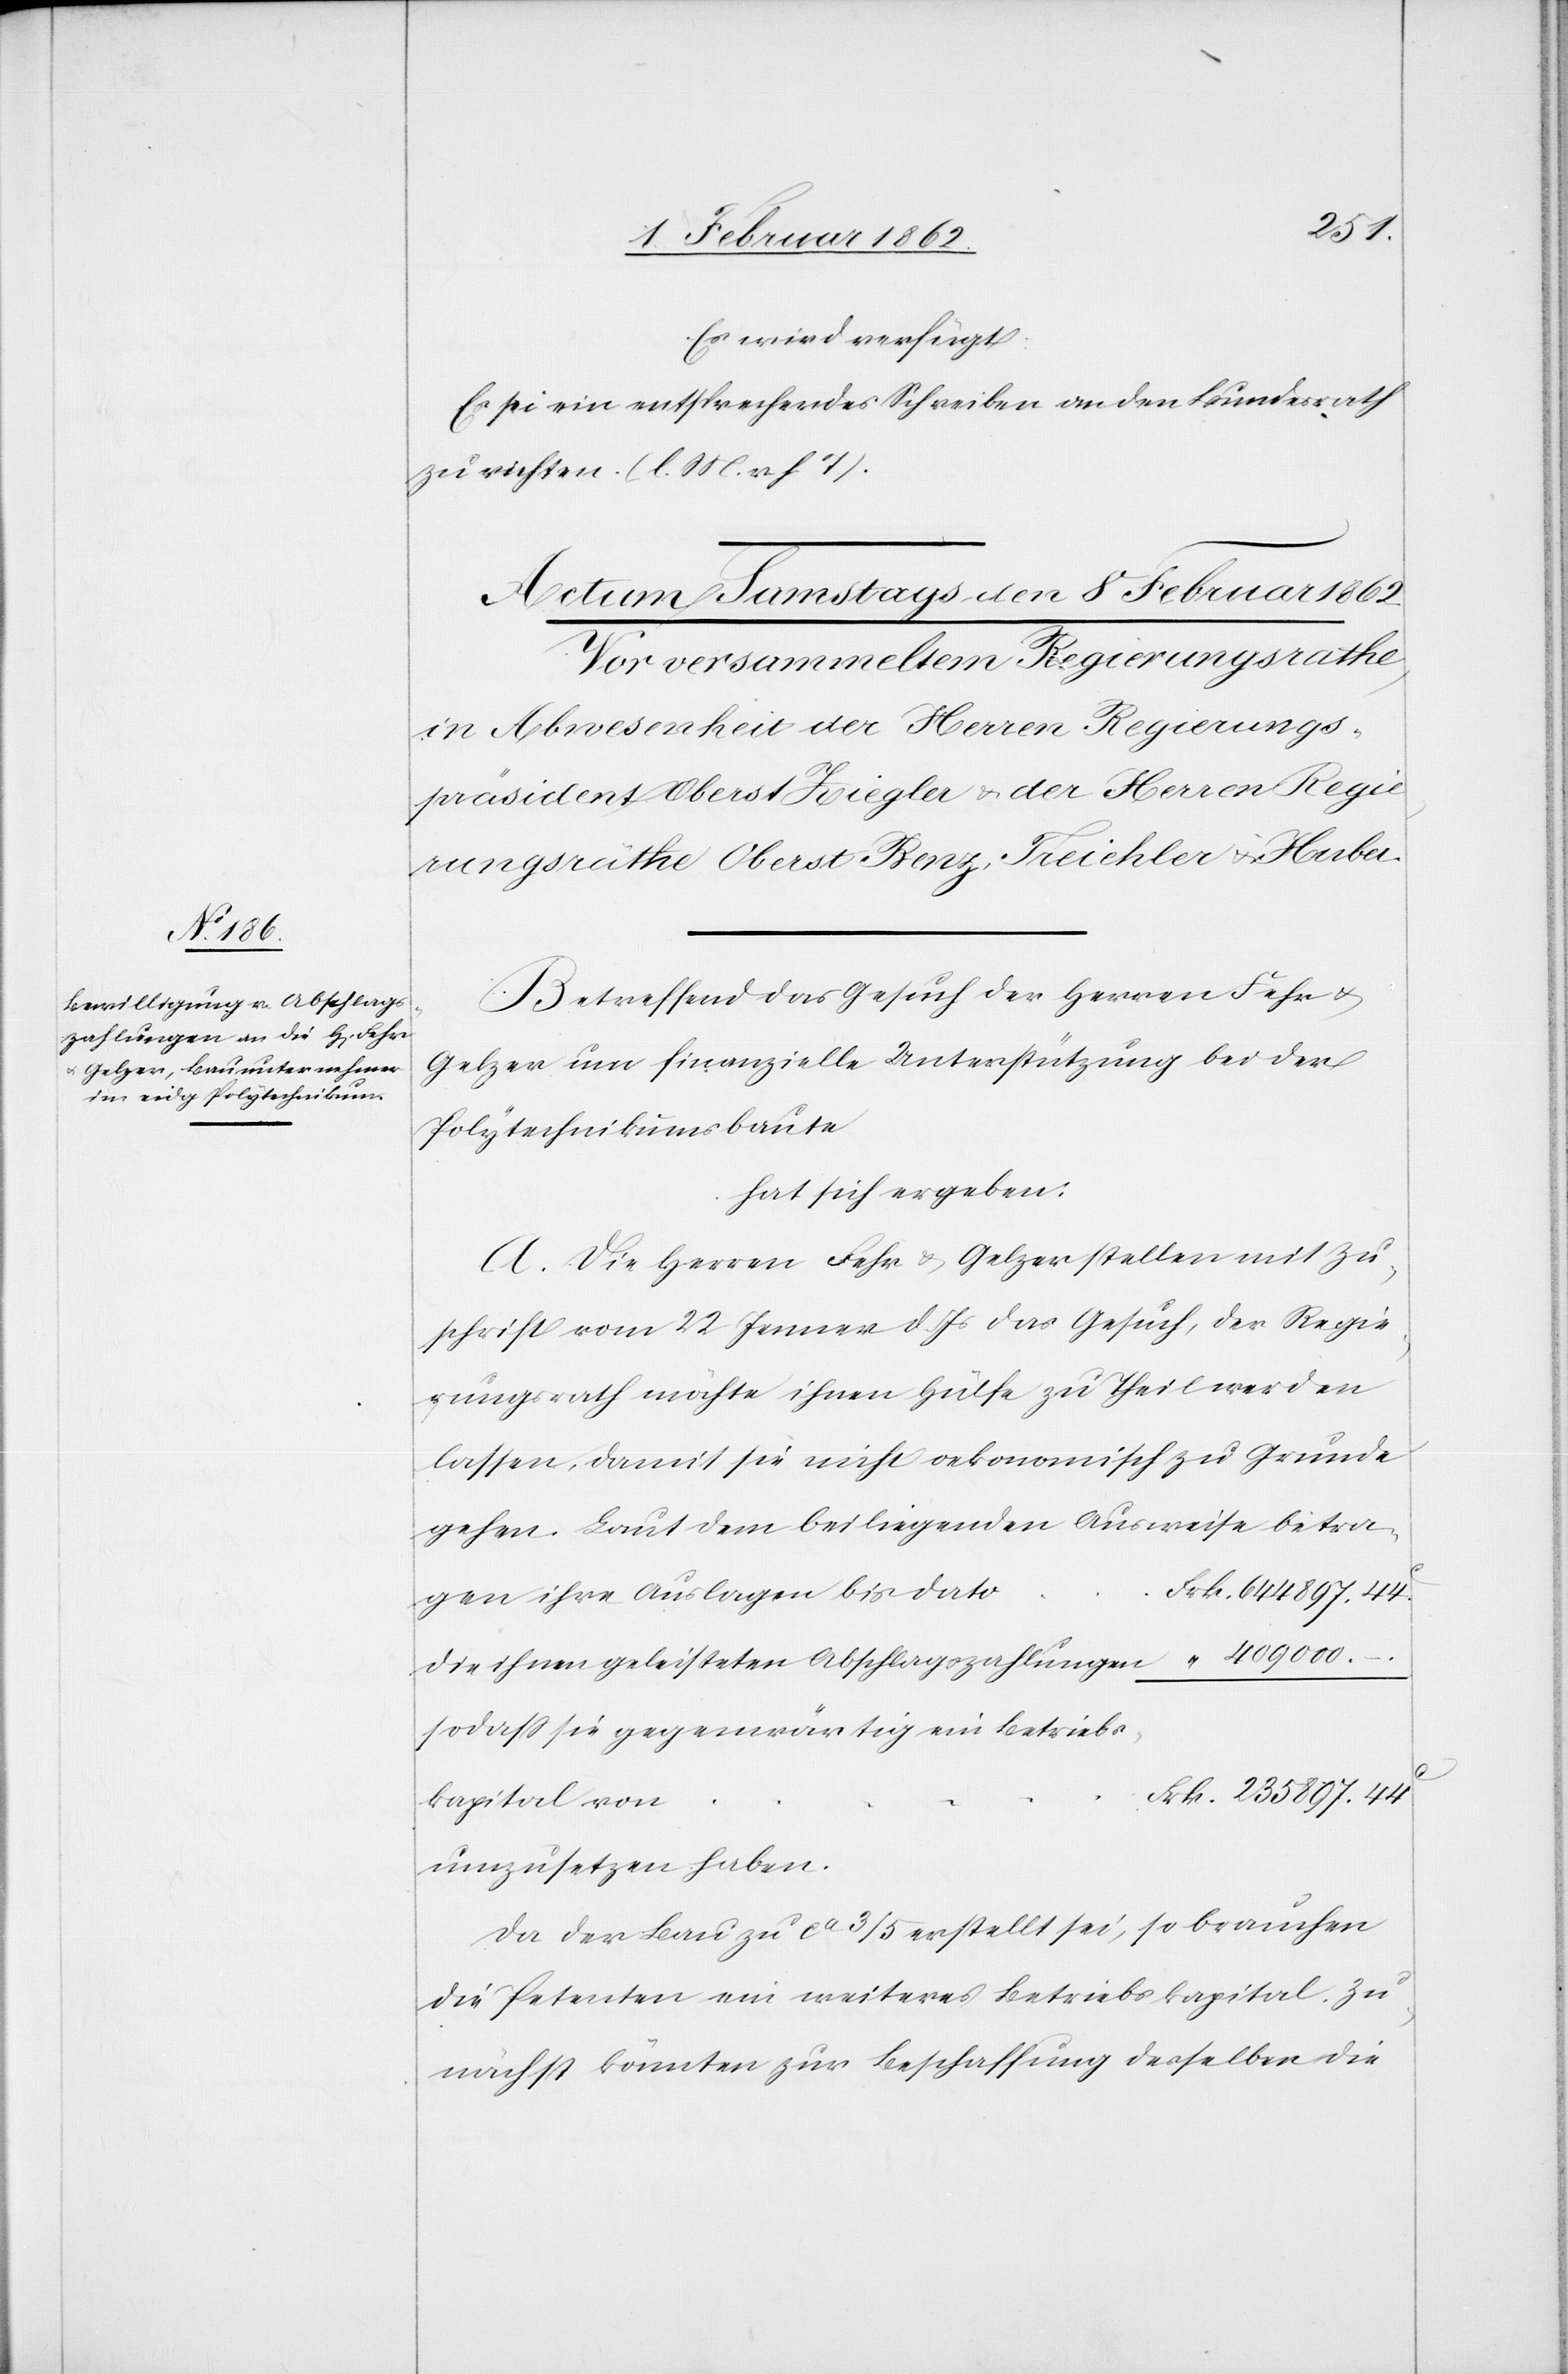
235
Es wird verfügt:
Es sei ein entsprechendes Schreiben an den Bundesrath
zu richten. (l. M. v. h. T).
Betreffend das Gesuch der Herren Fehr u.
Gelzer um finanzielle Unterstützung bei der
Polytechnikumsbaute
hat sich ergeben:
A. Die Herren Fehr & Gelzer stellen mit Zu¬
schrift vom 22 Jenner d. Js das Gesuch, der Regie¬
rungsrath möchte ihnen Hülfe zu Theil werden
lassen, damit sie nicht oekonomisch zu Grunde
gehen. Laut dem beiliegenden Ausweise betra¬
die ihnen geleisteten Abschlagszahlungen
sodaß sie gegenwärtig ein Betriebs¬
kapital von
897.
umzusetzen haben.
Da der Bau zu ca 3/5 erstellt sei, so brauchen
die Petenten ein weiteres Betriebskapital. Zu¬
nächst könnten zur Beschaffung desselben die